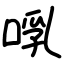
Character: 啂